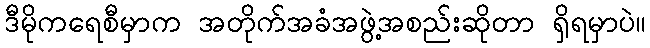
ဒီမိုကရေစီမှာက အတိုက်အခံအဖွဲ့အစည်းဆိုတာ ရှိရမှာပဲ။